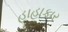
હાહાકાર